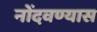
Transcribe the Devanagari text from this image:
नोंदवण्यास